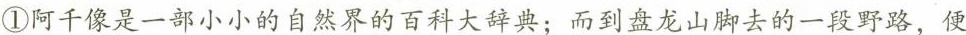
①阿千像是一部小小的自然界的百科大词典；而到盘龙山脚去的一段野路，便